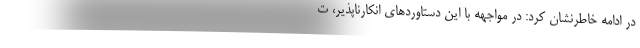
در ادامه خاطرنشان کرد: در مواجهه با این دستاوردهای انکارناپذیر، ت